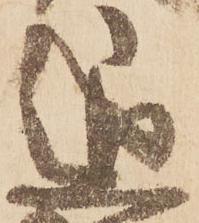
退